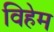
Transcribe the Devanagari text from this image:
विहेम